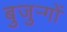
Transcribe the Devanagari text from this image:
बुजुऱ्गों